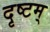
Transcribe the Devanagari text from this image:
दृष्टम्